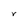
Character: r